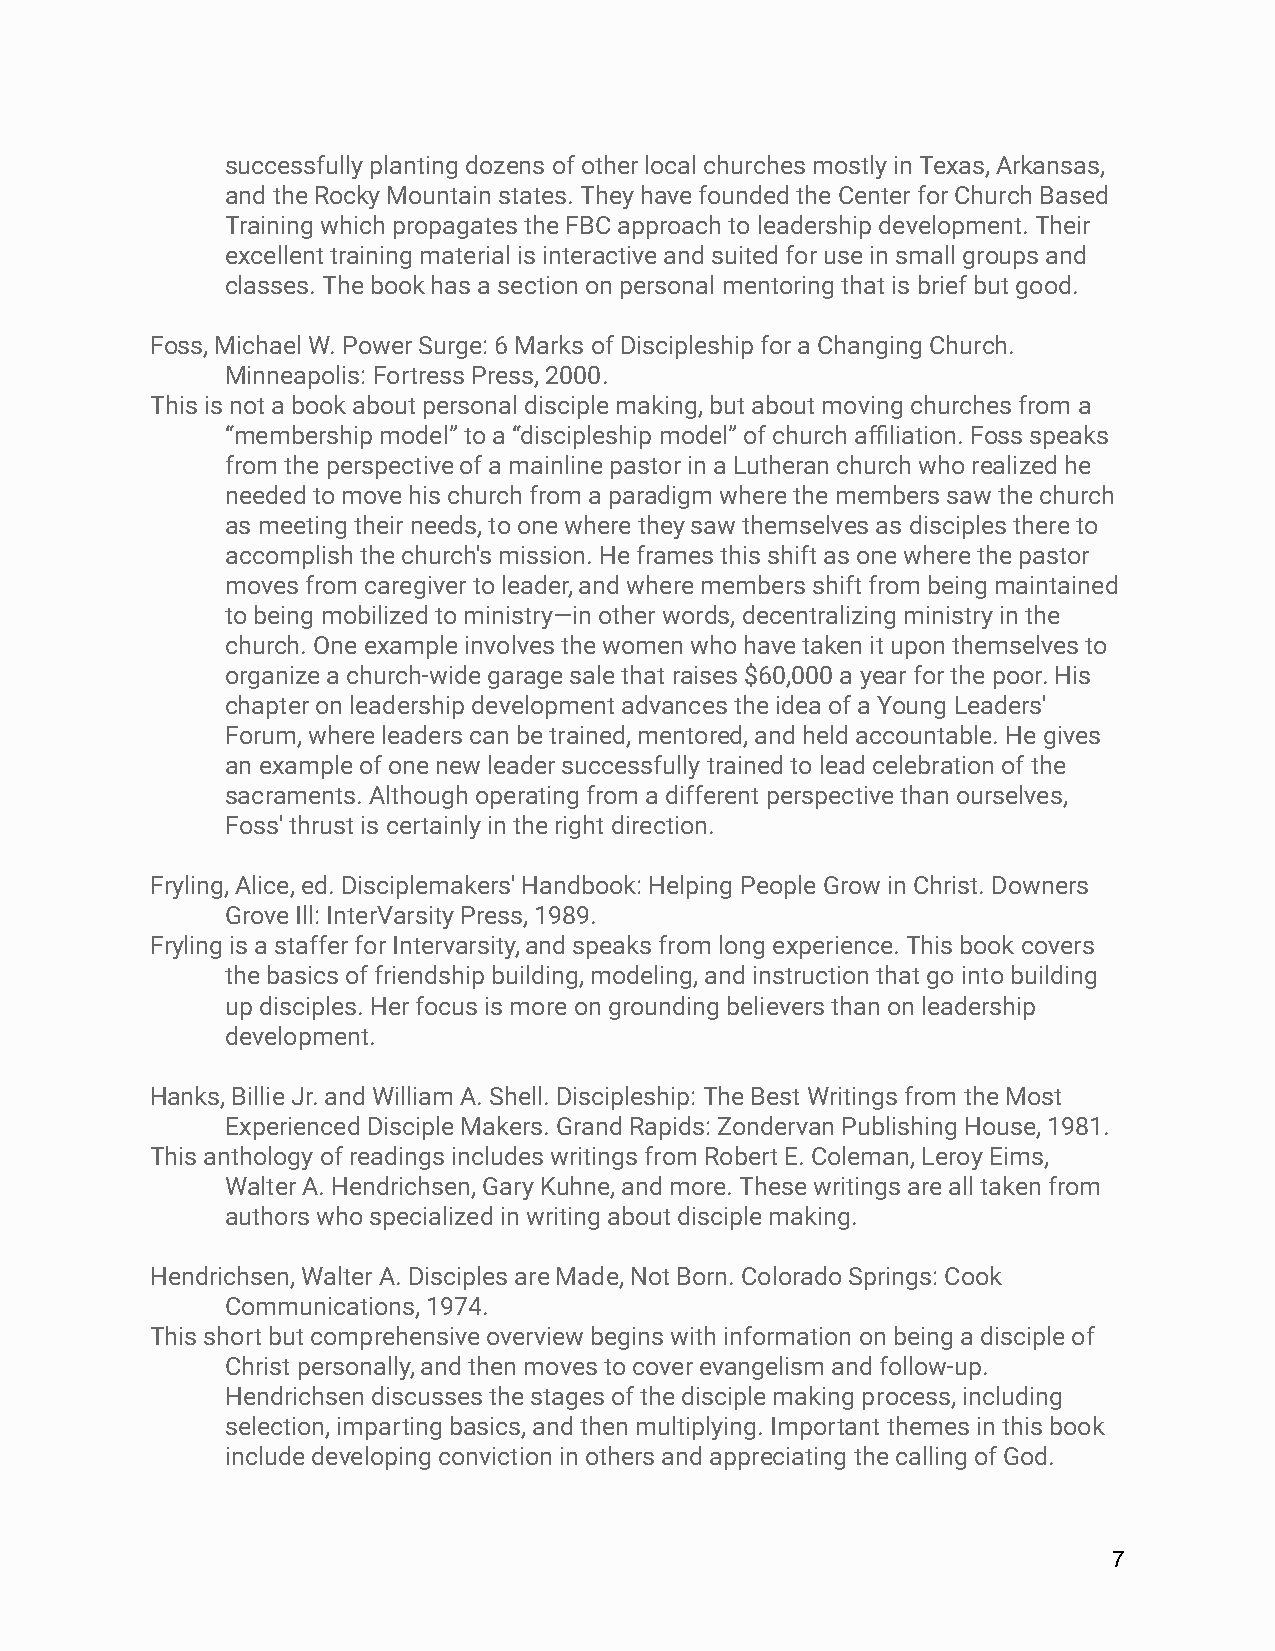
successfully planting dozens of other local churches mostly in Texas, Arkansas,
 and the Rocky Mountain states. They have founded the Center for Church Based
 Training which propagates the FBC approach to leadership development. Their
 excellent training material is interactive and suited for use in small groups and
 classes. The book has a section on personal mentoring that is brief but good.
 Foss, Michael W. Power Surge: 6 Marks of Discipleship for a Changing Church.
 Minneapolis: Fortress Press, 2000.
 This is not a book about personal disciple making, but about moving churches from a
 “membership model” to a “discipleship model” of church affiliation. Foss speaks
 from the perspective of a mainline pastor in a Lutheran church who realized he
 needed to move his church from a paradigm where the members saw the church
 as meeting their needs, to one where they saw themselves as disciples there to
 accomplish the church's mission. He frames this shift as one where the pastor
 moves from caregiver to leader, and where members shift from being maintained
 to being mobilized to ministry—in other words, decentralizing ministry in the
 church. One example involves the women who have taken it upon themselves to
 organize a church-wide garage sale that raises $60,000 a year for the poor. His
 chapter on leadership development advances the idea of a Young Leaders'
 Forum, where leaders can be trained, mentored, and held accountable. He gives
 an example of one new leader successfully trained to lead celebration of the
 sacraments. Although operating from a different perspective than ourselves,
 Foss' thrust is certainly in the right direction.
 Fryling, Alice, ed. Disciplemakers' Handbook: Helping People Grow in Christ. Downers
 Grove Ill: InterVarsity Press, 1989.
 Fryling is a staffer for Intervarsity, and speaks from long experience. This book covers
 the basics of friendship building, modeling, and instruction that go into building
 up disciples. Her focus is more on grounding believers than on leadership
 development.
 Hanks, Billie Jr. and William A. Shell. Discipleship: The Best Writings from the Most
 Experienced Disciple Makers. Grand Rapids: Zondervan Publishing House, 1981.
 This anthology of readings includes writings from Robert E. Coleman, Leroy Eims,
 Walter A. Hendrichsen, Gary Kuhne, and more. These writings are all taken from
 authors who specialized in writing about disciple making.
 Hendrichsen, Walter A. Disciples are Made, Not Born. Colorado Springs: Cook
 Communications, 1974.
 This short but comprehensive overview begins with information on being a disciple of
 Christ personally, and then moves to cover evangelism and follow-up.
 Hendrichsen discusses the stages of the disciple making process, including
 selection, imparting basics, and then multiplying. Important themes in this book
 include developing conviction in others and appreciating the calling of God.
 7